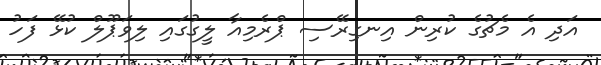
އަދި އެ މެޗުގެ ކުރިން އިނގިރޭސި ޕްރެމިއާ ލީގުގައި ލިވަޕޫލް ކުޅޭ ފަހު